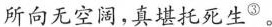
所向无空阔，真堪托死生^{③}。